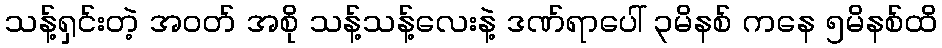
သန့်ရှင်းတဲ့ အဝတ် အစို သန့်သန့်လေးနဲ့ ဒဏ်ရာပေါ် ၃မိနစ် ကနေ ၅မိနစ်ထိ